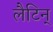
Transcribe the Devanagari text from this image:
लैटिन्